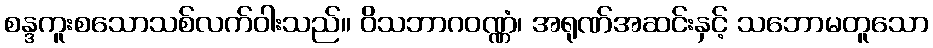
စန္ဒကူးစသောသစ်လက်ဝါးသည်။ ဝိသဘာဂဝဏ္ဏံ၊ အရုဏ်အဆင်းနှင့် သဘောမတူသော